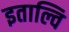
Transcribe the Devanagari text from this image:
इताल्वि